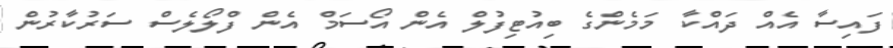
ފައިސާ އެއް ދައްކާ މަމެންގެ ބިއުޓިފުލް އެން އޯސަމް އެން ފްލޯލެސް ސަރުކާރުން